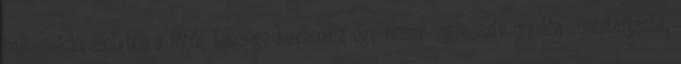
hallucináció, melyben a főhős felesége keveredik egy bizarr agresszív orgiába szertartásba.,